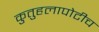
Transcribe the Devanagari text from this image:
कुतुहलापोटीच